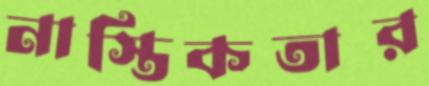
নাস্তিকতার